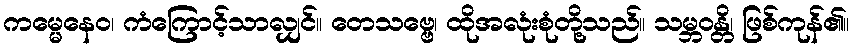
ကမ္မေနေဝ၊ ကံကြောင့်သာလျှင်။ တေသဗ္ဗေ၊ ထိုအလုံးစုံတို့သည်။ သမ္ဘဝန္တိ၊ ဖြစ်ကုန်၏။